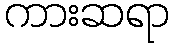
ကားဆရာ